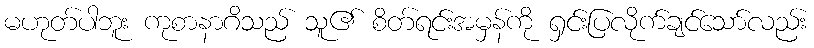
မဟုတ်ပါဘူး ကုစာနာဂိသည် သူ၏ စိတ်ရင်းအမှန်ကို ရှင်းပြလိုက်ချင်သော်လည်း